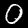
Label: 0